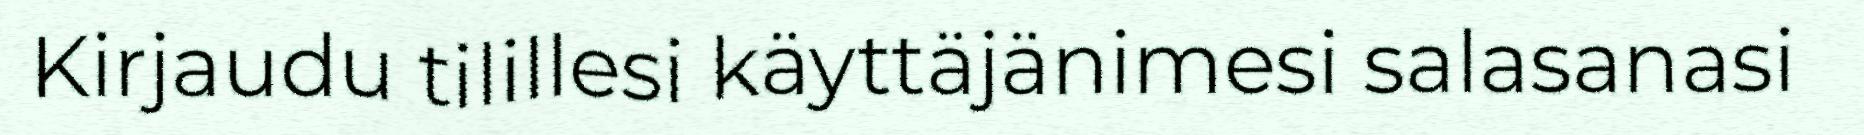
Kirjaudu tilillesi käyttäjänimesi salasanasi